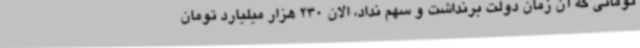
تومانی که آن زمان دولت برنداشت و سهم نداد، الان 230 هزار میلیارد تومان